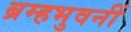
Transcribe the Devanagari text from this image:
ब्रम्हभुवनीं